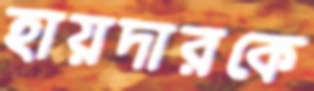
হায়দারকে